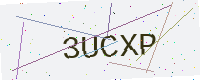
Text: 3UCXP